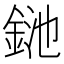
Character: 𨦥